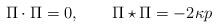
LaTeX: \begin{align*}\Pi\cdot\Pi = 0,\qquad \Pi\star \Pi = - 2\kappa p\end{align*}